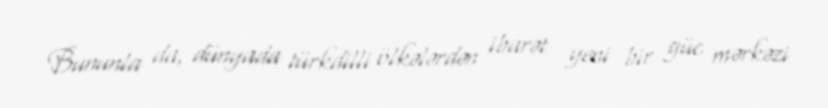
Bununla da, dünyada türkdilli ölkələrdən ibarət yeni bir güc mərkəzi